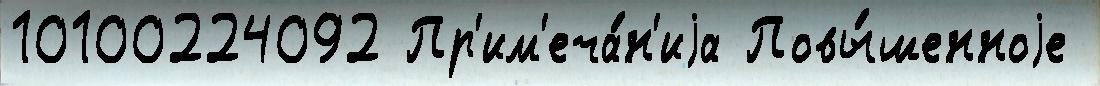
10100224092 Пр'им'еча́н'иjа Повы́шенноjе